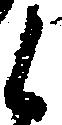
候